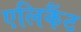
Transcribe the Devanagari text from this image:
एलिकैंट